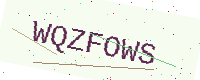
Text: WQZFOWS